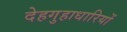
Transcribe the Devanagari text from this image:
देहगुहाधारियों